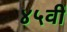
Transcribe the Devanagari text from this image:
४५वीं